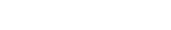
٣٤